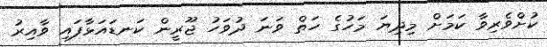
ކުށްވެރިވާ ކަމަށް މިދިޔަ މަހުގެ ހަތް ވަނަ ދުވަހު ޖޫރީން ކަނޑައަޅާފައި ވާއިރު